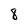
Character: 8